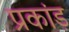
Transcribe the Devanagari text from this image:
प्रकांड़